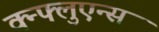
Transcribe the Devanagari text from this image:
क्न्फ्लुएन्स